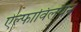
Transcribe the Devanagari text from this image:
ऐल्फाविलयन